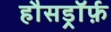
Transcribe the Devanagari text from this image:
हौसड्रॉर्फ़